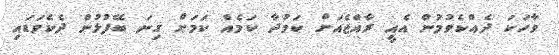
ވާހަކަ ދެއްކެވުމުން އެއީ ރާއްޖެއަށް ކަމުދާ ކަމެއް ކަމަށް ގިނަ ބޭފުޅުން ދެކެވަޑައި